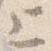
上